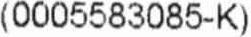
(0005583085-K)